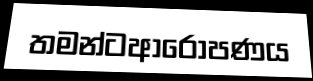
තමන්ටආරෝපණය